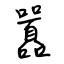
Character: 囂